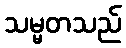
သမ္မတသည်